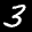
Label: 3